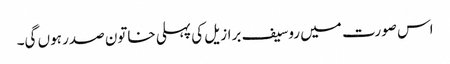
اس صورت میں روسیف برازیل کی پہلی خاتون صدر ہوں گی۔